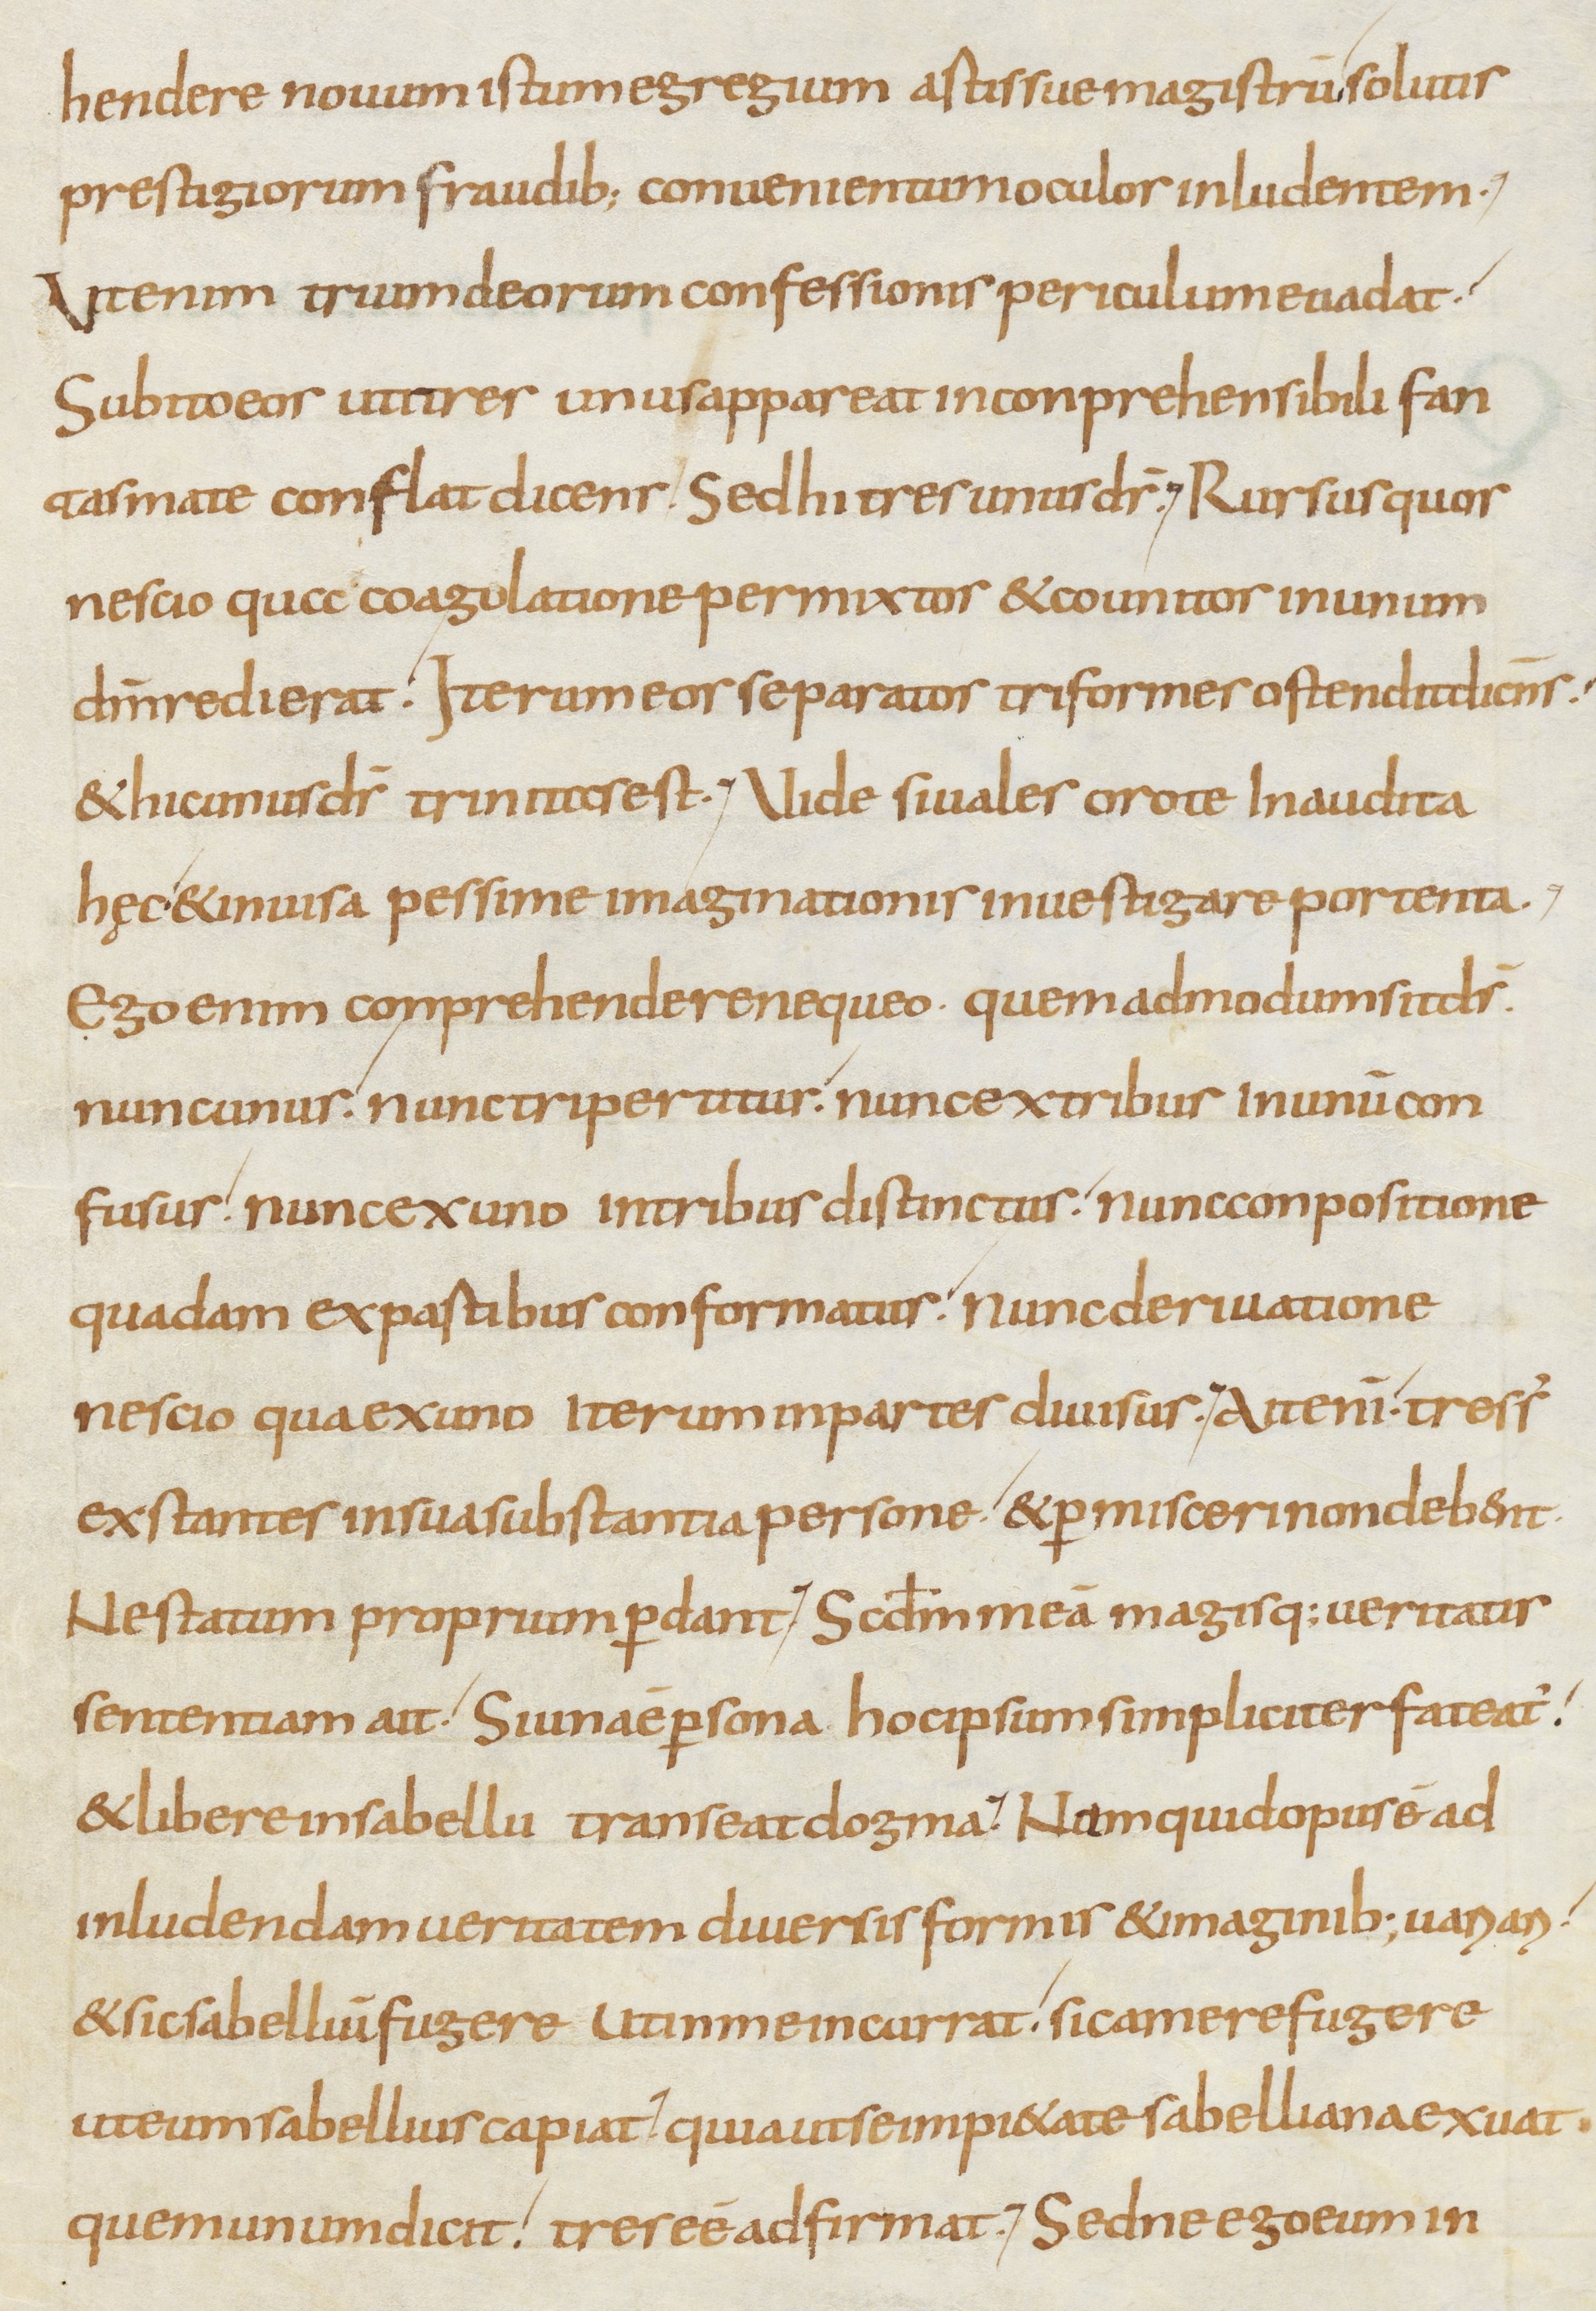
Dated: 800–899